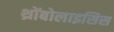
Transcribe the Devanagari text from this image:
थ्रोंबोलाइसिस